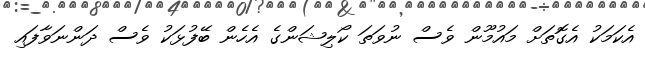
އެކަމަކު އެގޮތަށް މައުމޫން ވެސް ނުވަތަ ކޯލިޝަންގެ އެހެން ބޭފުޅަކު ވެސް ދަންނަވާފައި